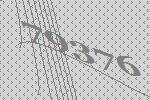
79376